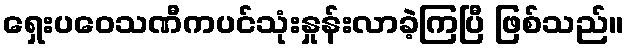
ရှေးပဝေသဏီကပင်သုံးနှုန်းလာခဲ့ကြပြီ ဖြစ်သည်။